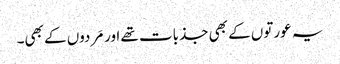
یہ عورتوں کے بھی جذبات تھے اور مَردوں کے بھی۔